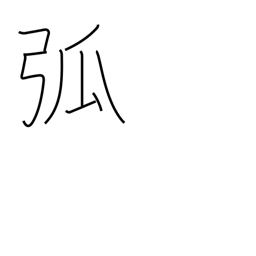
Meaning: arch